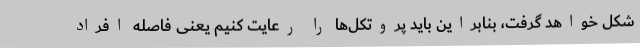
شکل خواهد گرفت، بنابراین باید پروتکل‌ها را رعایت کنیم یعنی فاصله افراد